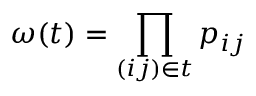
\omega ( \boldsymbol { t } ) = \prod _ { ( i j ) \in \boldsymbol { t } } p _ { i j }